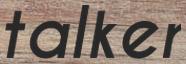
talker